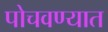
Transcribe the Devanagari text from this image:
पोचवण्यात